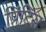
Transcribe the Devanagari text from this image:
प्रिंटिंस